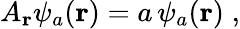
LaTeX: {A}_{\mathbf r}\psi_{a}({\mathbf r})=a\, \psi_{a}({\mathbf r})\; ,